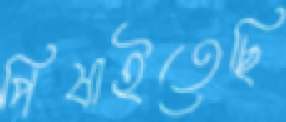
পিষাইতেছি